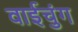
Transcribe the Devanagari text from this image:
वाईचुंग